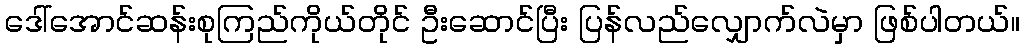
ဒေါ်အောင်ဆန်းစုကြည်ကိုယ်တိုင် ဦးဆောင်ပြီး ပြန်လည်လျှောက်လဲမှာ ဖြစ်ပါတယ်။